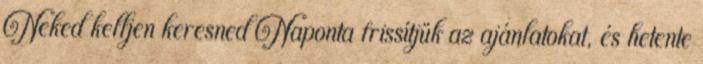
Neked kelljen keresned Naponta frissítjük az ajánlatokat, és hetente